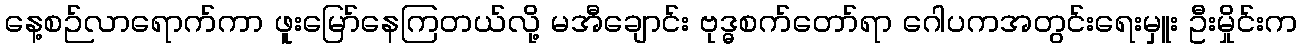
နေ့စဉ်လာရောက်ကာ ဖူးမြော်နေကြတယ်လို့ မအီချောင်း ဗုဒ္ဓစက်တော်ရာ ဂေါပကအတွင်းရေးမှူး ဦးမှိုင်းက